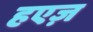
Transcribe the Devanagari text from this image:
हएज़